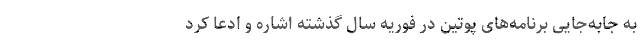
به جابه‌جایی برنامه‌های پوتین در فوریه سال گذشته اشاره و ادعا کرد